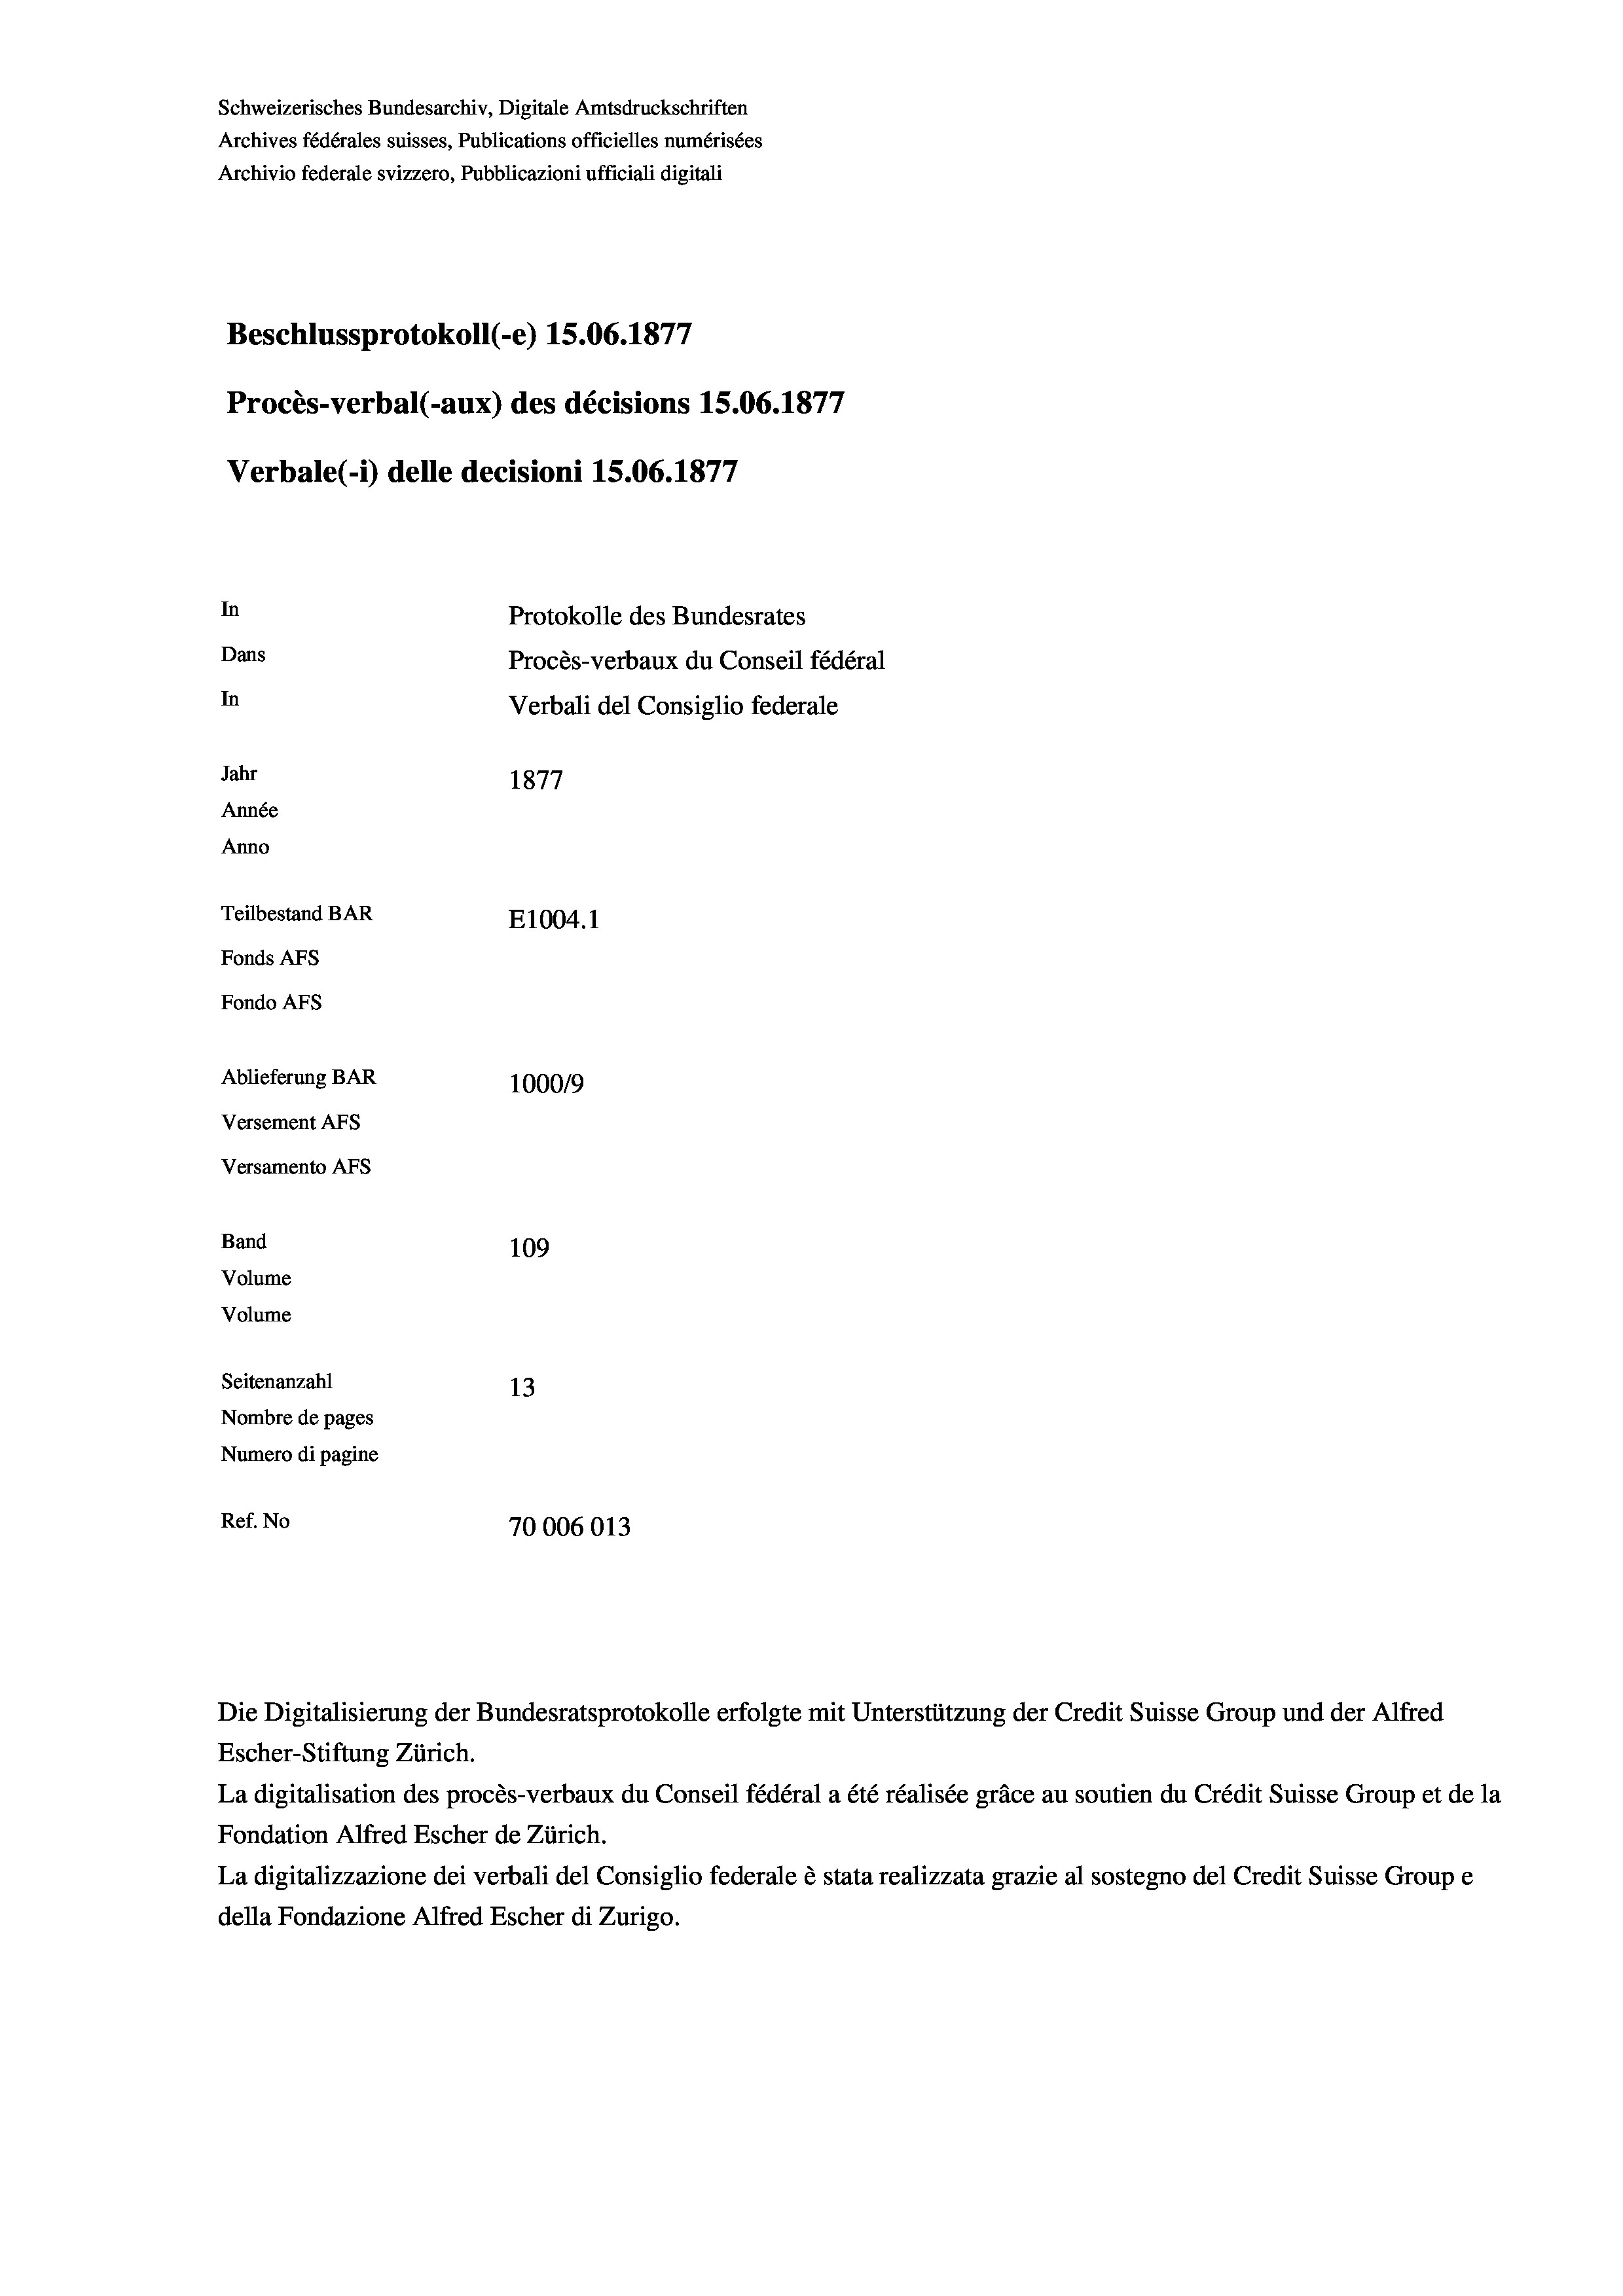
Schweizerisches Bundesarchiv, Digitale Amtsdruckschriften
Archives fédérales suisses, Publications officielles numérisées
Archivio federale svizzero, Pubblicazioni ufficiali digitali
7
Beschlussprotokoll (-e) 15.06. 1877
Procès-verbal (-aux) des décisions 1S.06. 1877
Verbale(-*) delle decisioni 15.06. 1877
In
Protokolle des Bundesrates
Dans
Procès-verbaux du Conseil fédéral
In
Verbali del Consiglio federale
Jahr
1877
Année
Anno
Teilbestand BAR
E1004.1
Fonds AFs
Fondo AFs
Ablieferung BAR
100019
Versement AFS
Versamento Afs
Band
109
Volume
Volume

Seitenanzahl
13
Nombre de pages
Numero di pagine
Ref. No
70006013

Escher-Stiftung Zürich.
La digitalisation des procès-verbaux du Conseil fédéral a été réalisée gräce au soutien du Crédit Suisse Group et de la
Fondation Alfred Escher de Zürich.
La digitalizzazione dei verbali del Consiglio federale è stata realizzata grazie al sostegno del Credit Suisse Groupe
della Fondazione Alfred Escher di Zurigo.

Die Digitalisierung der Bundesratsprotokolle erfolgte mit Unterstützung der Credit Suisse Group und der Alfred